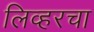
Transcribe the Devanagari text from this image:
लिव्हरचा